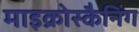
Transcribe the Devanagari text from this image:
माइक्रोस्कैनिंग